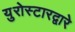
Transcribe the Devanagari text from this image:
युरोस्टारद्वारे